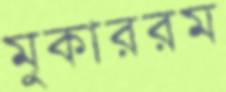
মুকাররম